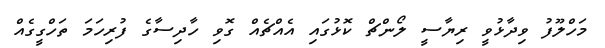
މަހްލޫފު ވިދާޅުވީ ރިޔާސީ ލޯންޗް ކޮޅުގައި އެއްޗެއް ގޮވި ހާދިސާގެ ފުރިހަމަ ތަހްގީގެއް